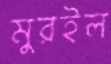
মুরইল